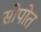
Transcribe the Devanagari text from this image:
सोपोत